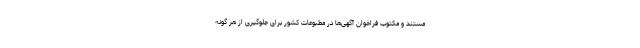
مستند و مکتوب فراخوان آگهی‌ها در مطبوعات کشور برای جلوگیری از هر گونه